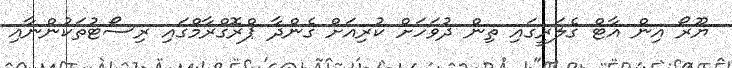
ޔޫރޯ އިން އާޓް ގެލަރީގައި ތިން ދުވަހަށް ކުރިއަށް ގެންދާ ޕްރޮގްރާމްގައި ރިސޯޓުތަކުންނާއި